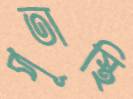
পূতাস্থি